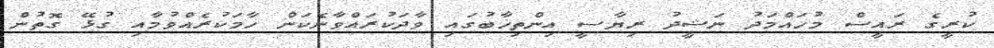
ކުރީގެ ރައީސް މުހައްމަދު ނަޝީދު ރިޔާސީ އިންތިޚާބުގައި ވާދަކުރައްވާނެކަން ހާމަކުރެއްވުމާއި ގުޅޭ ގޮތުން